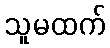
သူမထက်